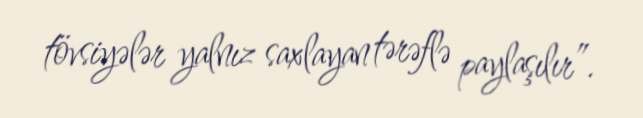
tövsiyələr yalnız saxlayan tərəflə paylaşılır”.